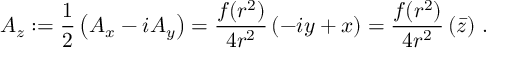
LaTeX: A _ { z } : = \frac { 1 } { 2 } \left( A _ { x } - i A _ { y } \right) = \frac { f ( r ^ { 2 } ) } { 4 r ^ { 2 } } \left( - i y + x \right) = \frac { f ( r ^ { 2 } ) } { 4 r ^ { 2 } } \left( \bar { z } \right) \, .